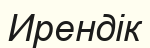
Ирендік